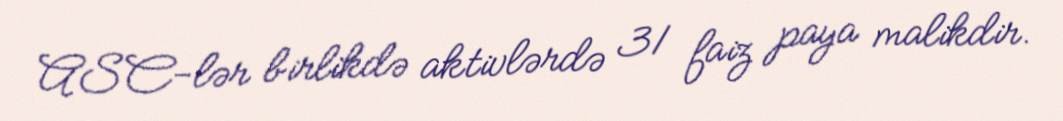
ASC-lər birlikdə aktivlərdə 31 faiz paya malikdir.